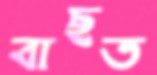
বাছত